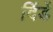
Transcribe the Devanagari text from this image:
दिंडें